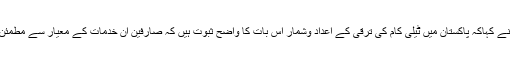
انہوں نے کہاکہ پاکستان میں ٹیلی کام کی ترقی کے اعداد وشمار اس بات کا واضح ثبوت ہیں کہ صارفین ان خدمات کے معیار سے مطمئن ہیں ۔